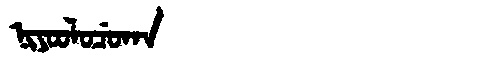
Manchu: ᠨᡳᠶᠣᠣᠯᠣᠴᡠᡴᠠ
Romanization: NIYOOLOCUKA